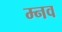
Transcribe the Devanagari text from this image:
म्नव